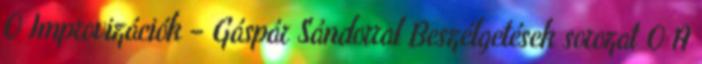
0 Improvizációk – Gáspár Sándorral Beszélgetések sorozat 0 A